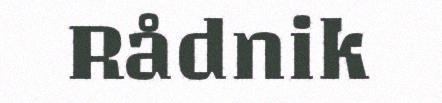
Rådnik